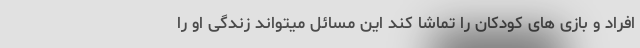
افراد و بازی های کودکان را تماشا کند این مسائل میتواند زندگی او را